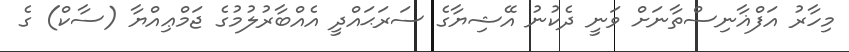
މިހާރު އަފްޣާނިސްތާނަށް ވަނީ ދެކުނު އޭޝިޔާގެ ސަރަޙައްދީ އެއްބާރުލުމުގެ ޖަމްޢިއްޔާ (ސާކް) ގެ